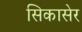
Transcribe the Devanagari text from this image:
सिकासेर